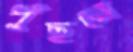
পুঁছলে